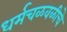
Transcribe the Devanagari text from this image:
धर्मचळवळीचे